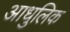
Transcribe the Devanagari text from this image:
आधुलिक